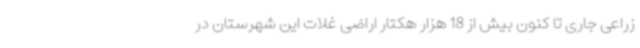
زراعی جاری تا کنون بیش از 18 هزار هکتار اراضی غلات این شهرستان در